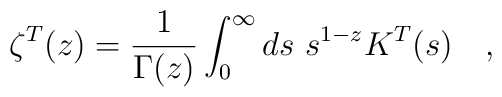
\zeta^T(z)={1 \over \Gamma(z)} \int_{0}^{\infty}ds~ s^{1-z}K^T(s)~~~,